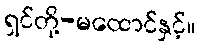
ရှင်တို့-မထောင်နှင့်။